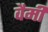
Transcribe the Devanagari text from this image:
वैमी